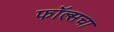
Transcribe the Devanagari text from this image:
फॉल्सचा